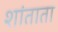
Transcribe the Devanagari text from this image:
शांताता